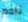
نادم